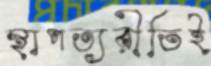
স্থাপত্যরীতিই